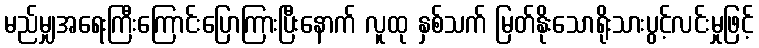
မည်မျှအရေးကြီးကြောင်းပြောကြားပြီးနောက် လူထု နှစ်သက် မြတ်နိုးသောရိုးသားပွင့်လင်းမှုဖြင့်